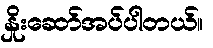
နှိုးဆော်အပ်ပါတယ်။